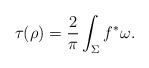
\begin{align*}\tau(\rho) = \frac{2}{\pi}\int_\Sigma f^*\omega.\end{align*}